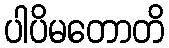
ပါပိမတောတိ